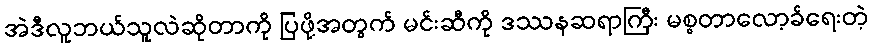
အဲဒီလူဘယ်သူလဲဆိုတာကို ပြဖို့အတွက် မင်းဆီကို ဒဿနဆရာကြီး မစ္စတာလော့ခ်ရေးတဲ့